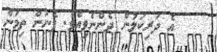
އެ ދަރިކަލުން ދެންނެވިއެވެ. ފެނުން ތިމަން